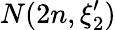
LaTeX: N(2n,\xi_{2}^{\prime})